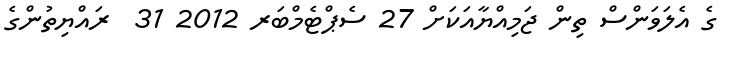
ގެ އެލަވަންސް ތިން ޖަމިއްޔާއަކަށް 27 ސެޕްޓެމްބަރ 2012 31  ރައްޔިތުންގެ